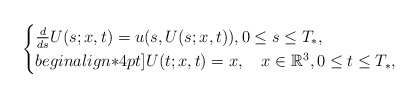
\begin{align*}\begin{cases}\frac{d}{ds}U(s;x,t)=u(s,U(s;x,t)),0\leq s\leq T_*,\\begin{align*}4pt]U(t;x,t)=x, \quad x\in \mathbb{R}^3, 0\leq t\leq T_*,\end{cases}\end{align*}